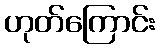
ဟုတ်ကြောင်း